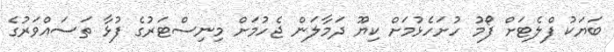
ބަޔަކު ފްލެޓަށް ފޯމު ހުށަހެޅުމަށް ކިޔޫ ދަމާލަން ޖެހުމަށް މިނިސްޓަރުގެ ފުޅާ ތަސައްވަރުގެ